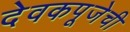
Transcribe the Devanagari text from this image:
देवकपूजेची